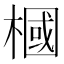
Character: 槶